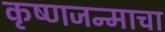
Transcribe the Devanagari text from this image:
कृष्णजन्माचा